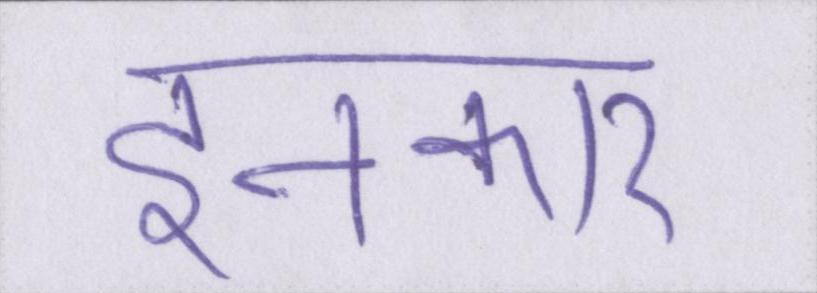
इनकार